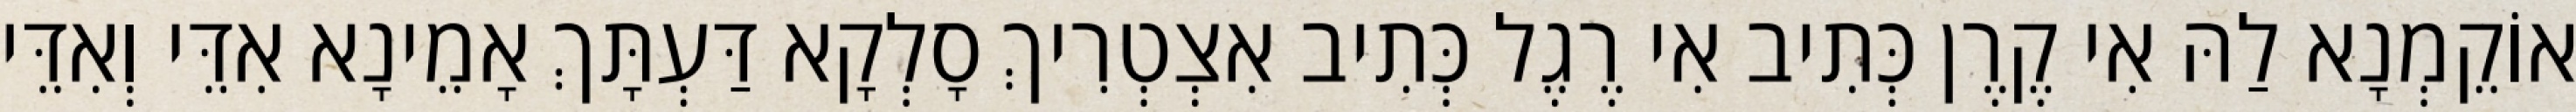
אוֹקֵמְנָא לַהּ אִי קֶרֶן כְּתִיב אִי רֶגֶל כְּתִיב אִצְטְרִיךְ סָלְקָא דַּעְתָּךְ אָמֵינָא אִדֵּי וְאִדֵּי